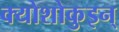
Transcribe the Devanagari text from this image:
क्योशोकुइन्